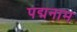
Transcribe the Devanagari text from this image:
पद्मनाम